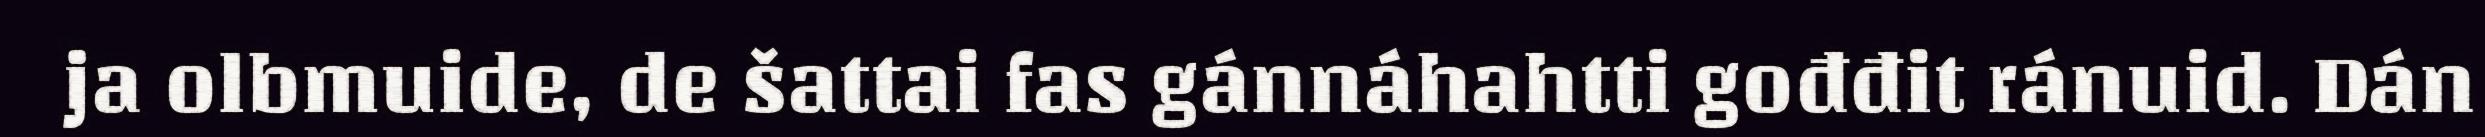
ja olbmuide, de šattai fas gánnáhahtti gođđit ránuid. Dán